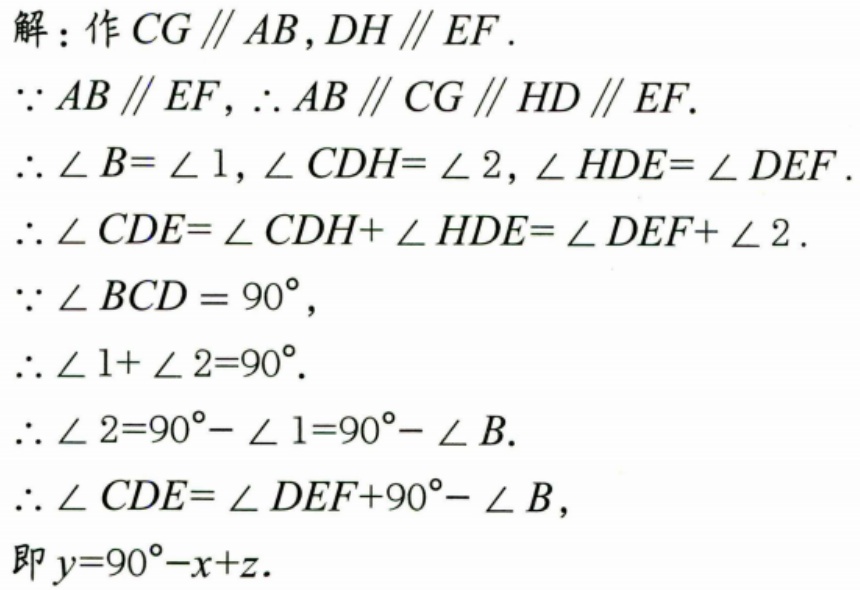
解：作\(CG \parallel AB,DH \parallel EF\).
\(\because AB \parallel EF,\therefore AB \parallel CG \parallel HD \parallel EF\).
\(\therefore \angle B = \angle 1,\angle CDH = \angle 2,\angle HDE = \angle DEF\).
\(\therefore \angle CDE = \angle CDH+\angle HDE=\angle DEF + \angle 2\).
\(\because \angle BCD = 90^{\circ}\),
\(\therefore \angle 1+\angle 2 = 90^{\circ}\).
\(\therefore \angle 2 = 90^{\circ}-\angle 1 = 90^{\circ}-\angle B\).
\(\therefore \angle CDE=\angle DEF + 90^{\circ}-\angle B\),
即\(y = 90^{\circ}-x + z\).